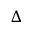
\Delta